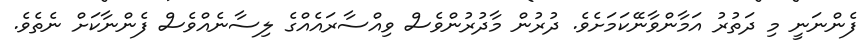
ފެންނަނީ މި ދަތުރު އަމާންވާނޭކަމަށެވެ. ދުރުން މާދުރުންވެސް ވިއްސާރައެއްގެ ލިސާނެއްވެސް ފެންނާކަށް ނެތެވެ.